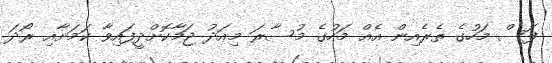
ފަސް މަހުގެ ތެރެއިން އެއް މަހުގެ މުސާރަ މިއަދު ޖަމާކޮށްދީފައިވާ ކަމަށާއި ރޯދަ